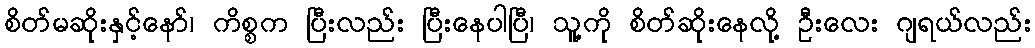
စိတ်မဆိုးနှင့်နော်၊ ကိစ္စက ပြီးလည်း ပြီးနေပါပြီ၊ သူ့ကို စိတ်ဆိုးနေလို့ ဦးလေး ဂျရယ်လည်း